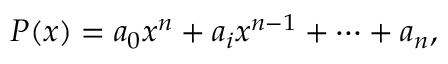
P ( x ) = a _ { 0 } x ^ { n } + a _ { i } x ^ { n - 1 } + \cdots + a _ { n } ,